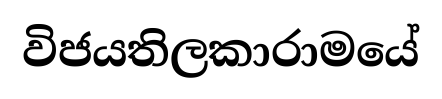
විජයතිලකාරාමයේ